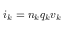
\boldsymbol { i } _ { k } = n _ { k } q _ { k } \boldsymbol { v } _ { k }